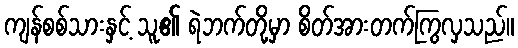
ကျန်စစ်သားနှင့် သူ၏ ရဲဘက်တို့မှာ စိတ်အားတက်ကြွလှသည်။